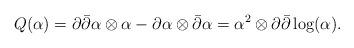
LaTeX: \begin{align*} Q(\alpha)=\partial\bar{\partial}\alpha\otimes\alpha-\partial\alpha\otimes\bar{\partial}\alpha=\alpha^2\otimes \partial\bar{\partial}\log(\alpha). \end{align*}